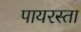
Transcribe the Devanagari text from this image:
पायरस्ता